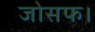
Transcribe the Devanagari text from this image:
जोसफ।